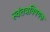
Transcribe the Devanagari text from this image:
स्वंतत्रविषयक